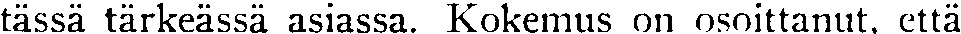
tässä tärkeässä asiassa. Kokemus on osoittanut, että